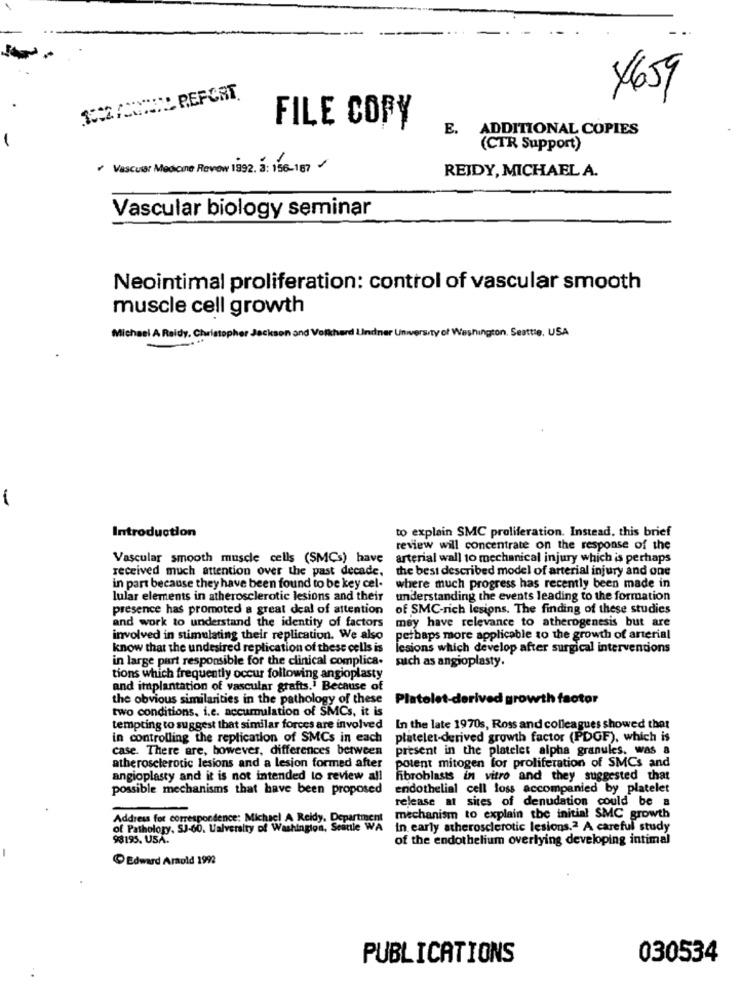
4659
C/CTID REPORT.
FILE COPY
E.
ADDITIONAL COPIES
(CTR Support)
* Vascuer Medicine Revew 1992. 3: 156-187
REIDY, MICHAEL A.
Vascular biology seminar
Neointimal proliferation: control of vascular smooth
muscle cell growth
Michael A Raidy. Christopher Jackson and Volihard Lindner University of Washington. Seattle, USA
Introduction
to explain SMC proliferation. Instead, this brief
review will concentrate on the response of the
Vascular smooth muscle cells (SMCs) have
arterial wall to mechanical injury which is perhaps
received much attention over the past decade.
the best described model of arterial injury and one
in part because they have been found to be key cel-
where much progress has recently been made in
lular elements in atherosclerotic lesions and their
understanding the events leading to the formation
presence has promoted a great deal of attention
of SMC-rich lesions. The finding of these studies
and work to understand the identity of factors
may have relevance to atherogenesis but are
involved in stimulating their replication. We also
perhaps more applicable to the growth of arterial
know that the undesired replication of these cells is
lesions which develop after surgical interventions
in large part responsible for the clinical complica.
such as angioplasty.
tions which frequently occur following angioplasty
and implantation of vascular grafts." Because of
the obvious similarities in the pathology of these
PI
wth factor
two conditions, i.e. accumulation of SMCs, it is
tempting to suggest that similar forces are involved
In the late 1970s, Ross and colleagues showed that
in controlling the replication of SMCs in each
platelet-derived growth factor (PDGF), which is
case. There are, however, differences between
present in the platelet alpha granules, was a
polent mitogen for proliferation of SMCs and
atherosclerotic lesions and a lesion formed after
angioplasty and it is not intended to review all
Fibroblasts in vitro and they suggested that
possible mechanisms that have been proposed
endothelial cell loss accompanied by platelet
release at sites of denudation could be a
Address for correspondence: Michael A Reidy, Department
mechanism to explain the initial SMC growth
of Pathology, SJ-60. Ualveraity of Washington, Seattle WA
In early atherosclerotic lesions.2 A careful study
98195. USA.
of the endothelium overlying developing intimal
Edward Arnold 1992
PUBLICATIONS
030534